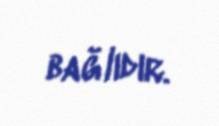
bağlıdır.